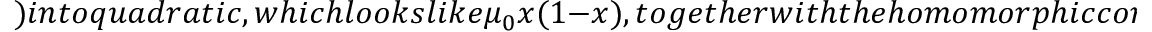
) i n t o q u a d r a t i c , w h i c h l o o k s l i k e \mu _ { 0 } x ( 1 - x ) , t o g e t h e r w i t h t h e h o m o m o r p h i c c o r r e s p o n d i n g t e r m i n E q . (